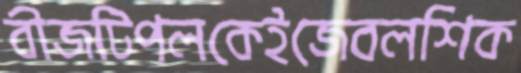
বীজটিপলকেইজেবলশিক